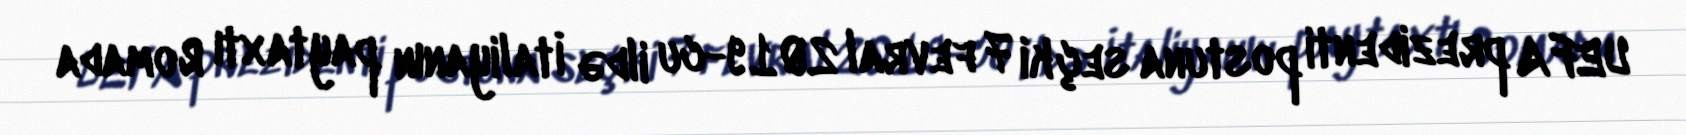
UEFA prezidenti postuna seçki 7 fevral 2019-cu ildə İtaliyanın paytaxtı Romada